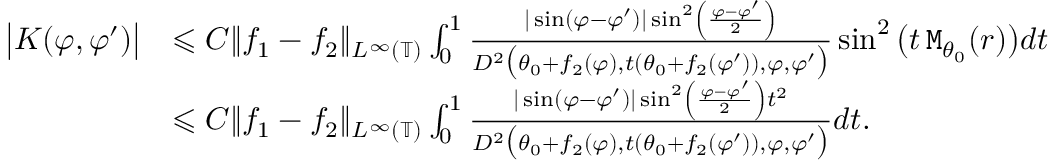
\begin{array} { r l } { \big | K ( \varphi , \varphi ^ { \prime } ) \big | } & { \leqslant C \| f _ { 1 } - f _ { 2 } \| _ { L ^ { \infty } ( \mathbb { T } ) } \int _ { 0 } ^ { 1 } \frac { | \sin ( \varphi - \varphi ^ { \prime } ) | \sin ^ { 2 } \left( \frac { \varphi - \varphi ^ { \prime } } { 2 } \right) } { D ^ { 2 } \big ( \theta _ { 0 } + f _ { 2 } ( \varphi ) , t ( \theta _ { 0 } + f _ { 2 } ( \varphi ^ { \prime } ) ) , \varphi , \varphi ^ { \prime } \big ) } \sin ^ { 2 } \big ( t \, \mathtt { M } _ { \theta _ { 0 } } ( r ) \big ) d t } \\ & { \leqslant C \| f _ { 1 } - f _ { 2 } \| _ { L ^ { \infty } ( \mathbb { T } ) } \int _ { 0 } ^ { 1 } \frac { | \sin ( \varphi - \varphi ^ { \prime } ) | \sin ^ { 2 } \left( \frac { \varphi - \varphi ^ { \prime } } { 2 } \right) t ^ { 2 } } { D ^ { 2 } \big ( \theta _ { 0 } + f _ { 2 } ( \varphi ) , t ( \theta _ { 0 } + f _ { 2 } ( \varphi ^ { \prime } ) ) , \varphi , \varphi ^ { \prime } \big ) } d t . } \end{array}